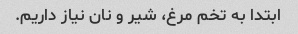
ابتدا به تخم مرغ، شیر و نان نیاز داریم.